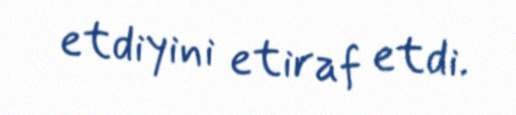
etdiyini etiraf etdi.